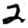
Digit: 2